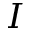
I